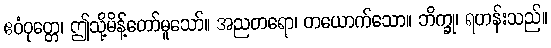
ဧဝံဝုတ္တေ၊ ဤသို့မိန့်တော်မူသော်။ အညတရော၊ တယောက်သော။ ဘိက္ခု၊ ရဟန်းသည်။